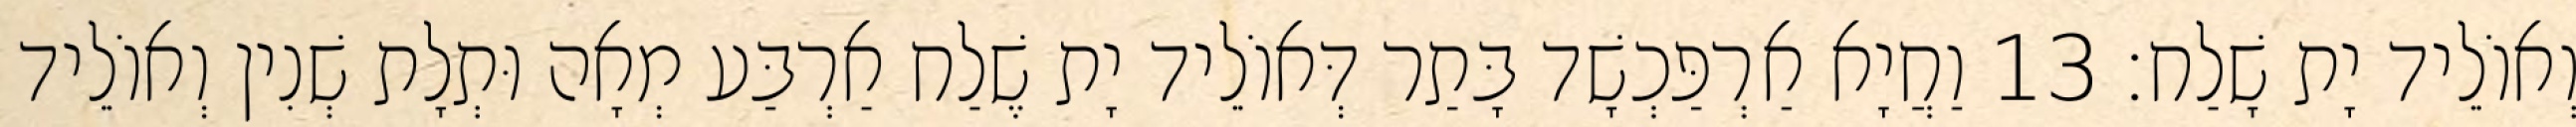
וְאוֹלֵיד יָת שָׁלַח׃ 13 וַחֲיָא אַרְפַּכְשָׁד בָּתַר דְּאוֹלֵיד יָת שֶׁלַח אַרְבַּע מְאָה וּתְלָת שְׁנִין וְאוֹלֵיד